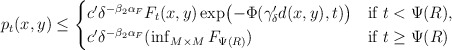
\begin{align*}p_{t}(x,y)\leq\begin{cases}c'\delta^{-\beta_{2}\alpha_{F}}F_{t}(x,y)\exp\bigl(-\Phi(\gamma'_{\delta}d(x,y),t)\bigr) &\textrm{if }t<\Psi(R),\\c'\delta^{-\beta_{2}\alpha_{F}}(\inf_{M\times M}F_{\Psi(R)}) &\textrm{if }t\geq\Psi(R)\end{cases}\end{align*}